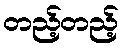
တည့်တည့်